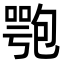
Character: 𠤁